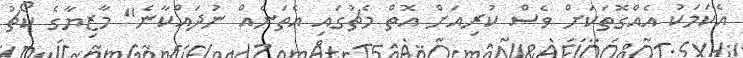
އެކަމަކު އެއްގޮތަކަށް ވެސް ކުރިއަށް އޮތް މެޗުގައި އެތަނެއް ނުދައްކާނެ" މާޒިޔާގެ ކޯޗު